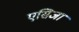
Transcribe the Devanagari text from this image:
एसिजा